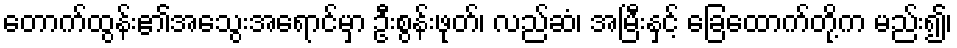
တောက်ထွန်း၏အသွေးအရောင်မှာ ဦးစွန်းဖုတ်၊ လည်ဆံ၊ အမြီးနှင့် ခြေထောက်တို့က မည်း၍၊